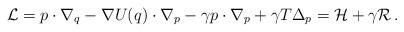
LaTeX: \begin{align*}\mathcal{L}= p \cdot \nabla_q -\nabla U(q)\cdot \nabla_p - \gamma p \cdot \nabla_p + \gamma T \Delta_p=\mathcal{H} + \gamma \mathcal{R}\,.\end{align*}